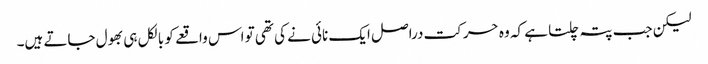
لیکن جب پتہ چلتا ہے کہ وہ حرکت دراصل ایک نائی نے کی تھی تو اس واقعے کو بالکل ہی بھول جاتے ہیں۔